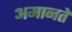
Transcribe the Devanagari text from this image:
अमानतें